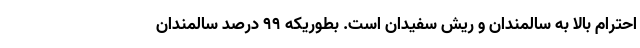
احترام بالا به سالمندان و ریش سفیدان است. بطوریکه ۹۹ درصد سالمندان